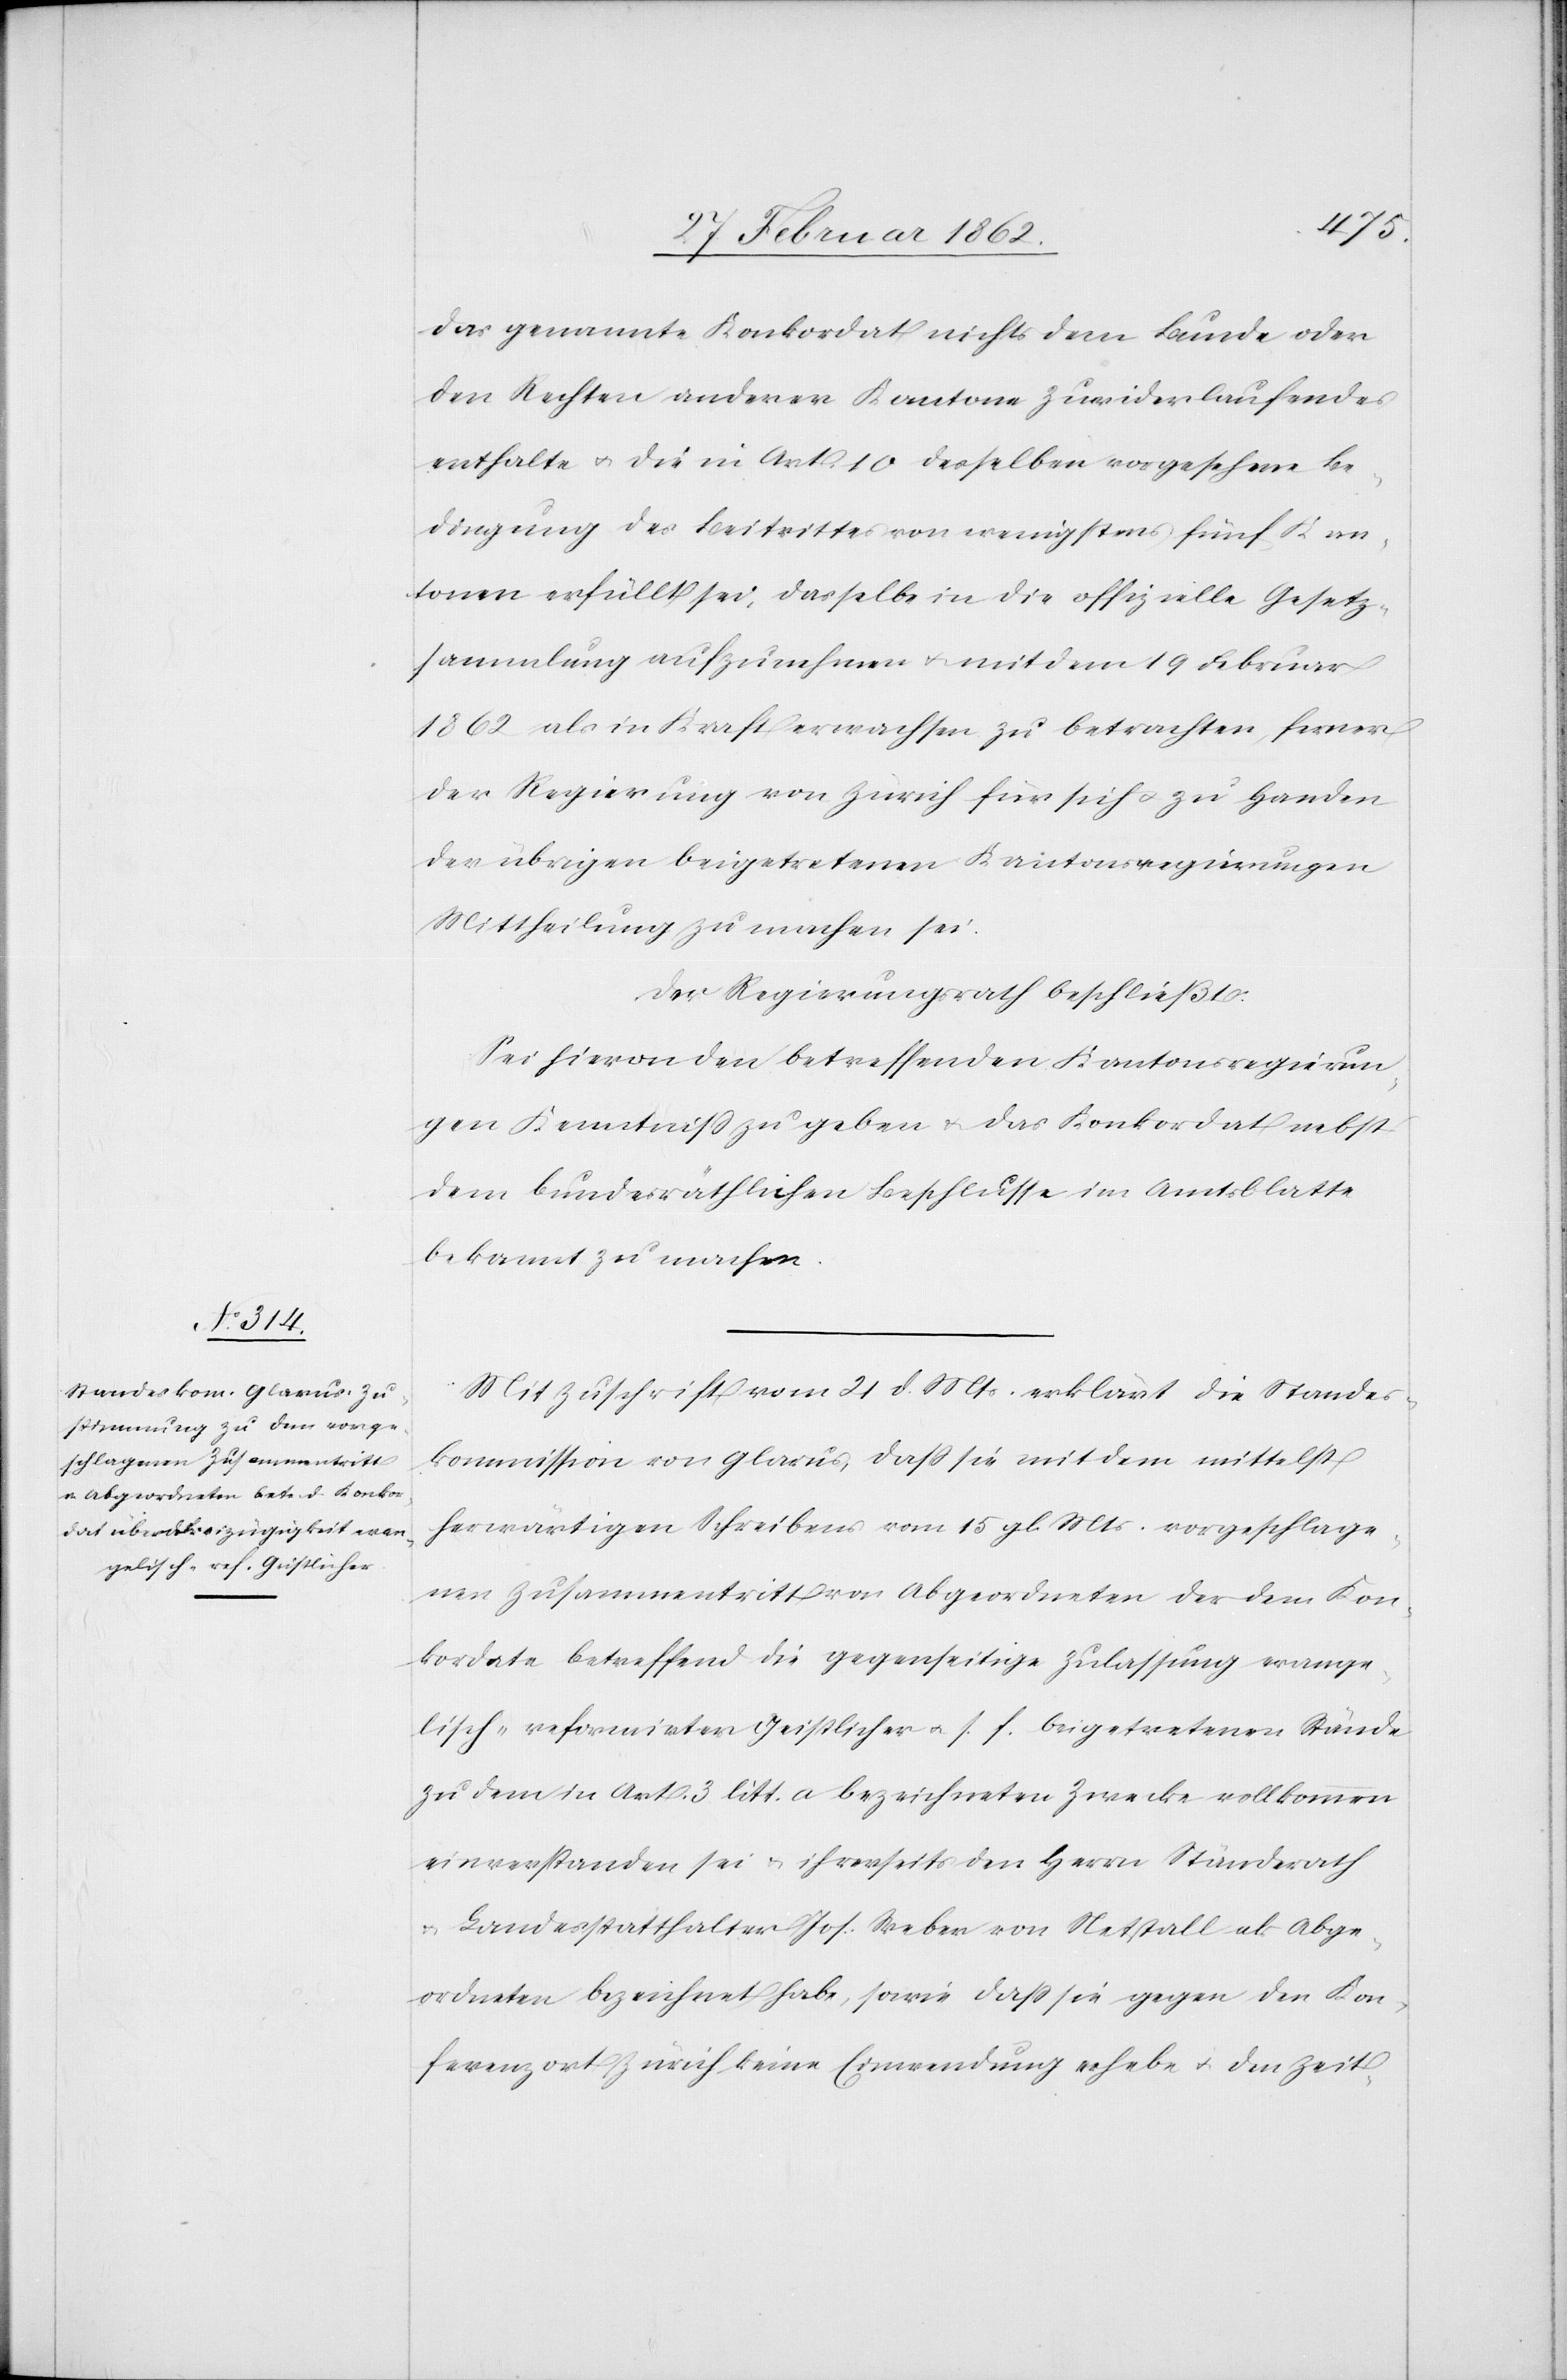
das genannte Konkordat nichts dem Bunde oder
den Rechten anderer Kantone Zuwiderlaufendes
enthalte u. die in Art. 10 desselben vorgesehene Be¬
dingung des Beitrittes von wenigstens fünf Kan¬
tonen erfüllt sei, dasselbe in die offizielle Gesetz¬
sammlung aufzunehmen u. mit dem 19 Februar
1862 als in Kraft erwachsen zu betrachten, ferner
der Regierung von Zürich für sich u. zu Handen
der übrigen beigetretenen Kantonsregierungen
Mittheilung zu machen sei.
Der Regierungsrath beschließt:
Sei hievon den betreffenden Kantonsregierun¬
gen Kenntniß zu geben & das Konkordat nebst
dem bundesräthlichen Beschlusse im Amtsblatte
bekannt zu machen.
Mit Zuschrift vom 21 d. Mts. erklärt die Standes¬
kommission von Glarus, daß sie mit dem mittelst
herwärtigen Schreiben vom 15 gl. Mts. vorgeschlage¬
nen Zusammentritt von Abgeordneten der dem Kon¬
kordate betreffend die gegenseitige Zulassung evange¬
lisch-reformirter Geistlicher u. s. f. beigetretenen Stände
zu dem in Art. 3 litt. a bezeichneten Zwecke vollkommen
einverstanden sei u. ihrerseits den Herrn Ständerath
u. Landesstatthalter Jos. Weber von Netstall als Abge¬
ordneten bezeichnet habe, sowie daß sie gegen den Kon¬
ferenzort Zürich keine Einwendung erhebe u. den Zeit-